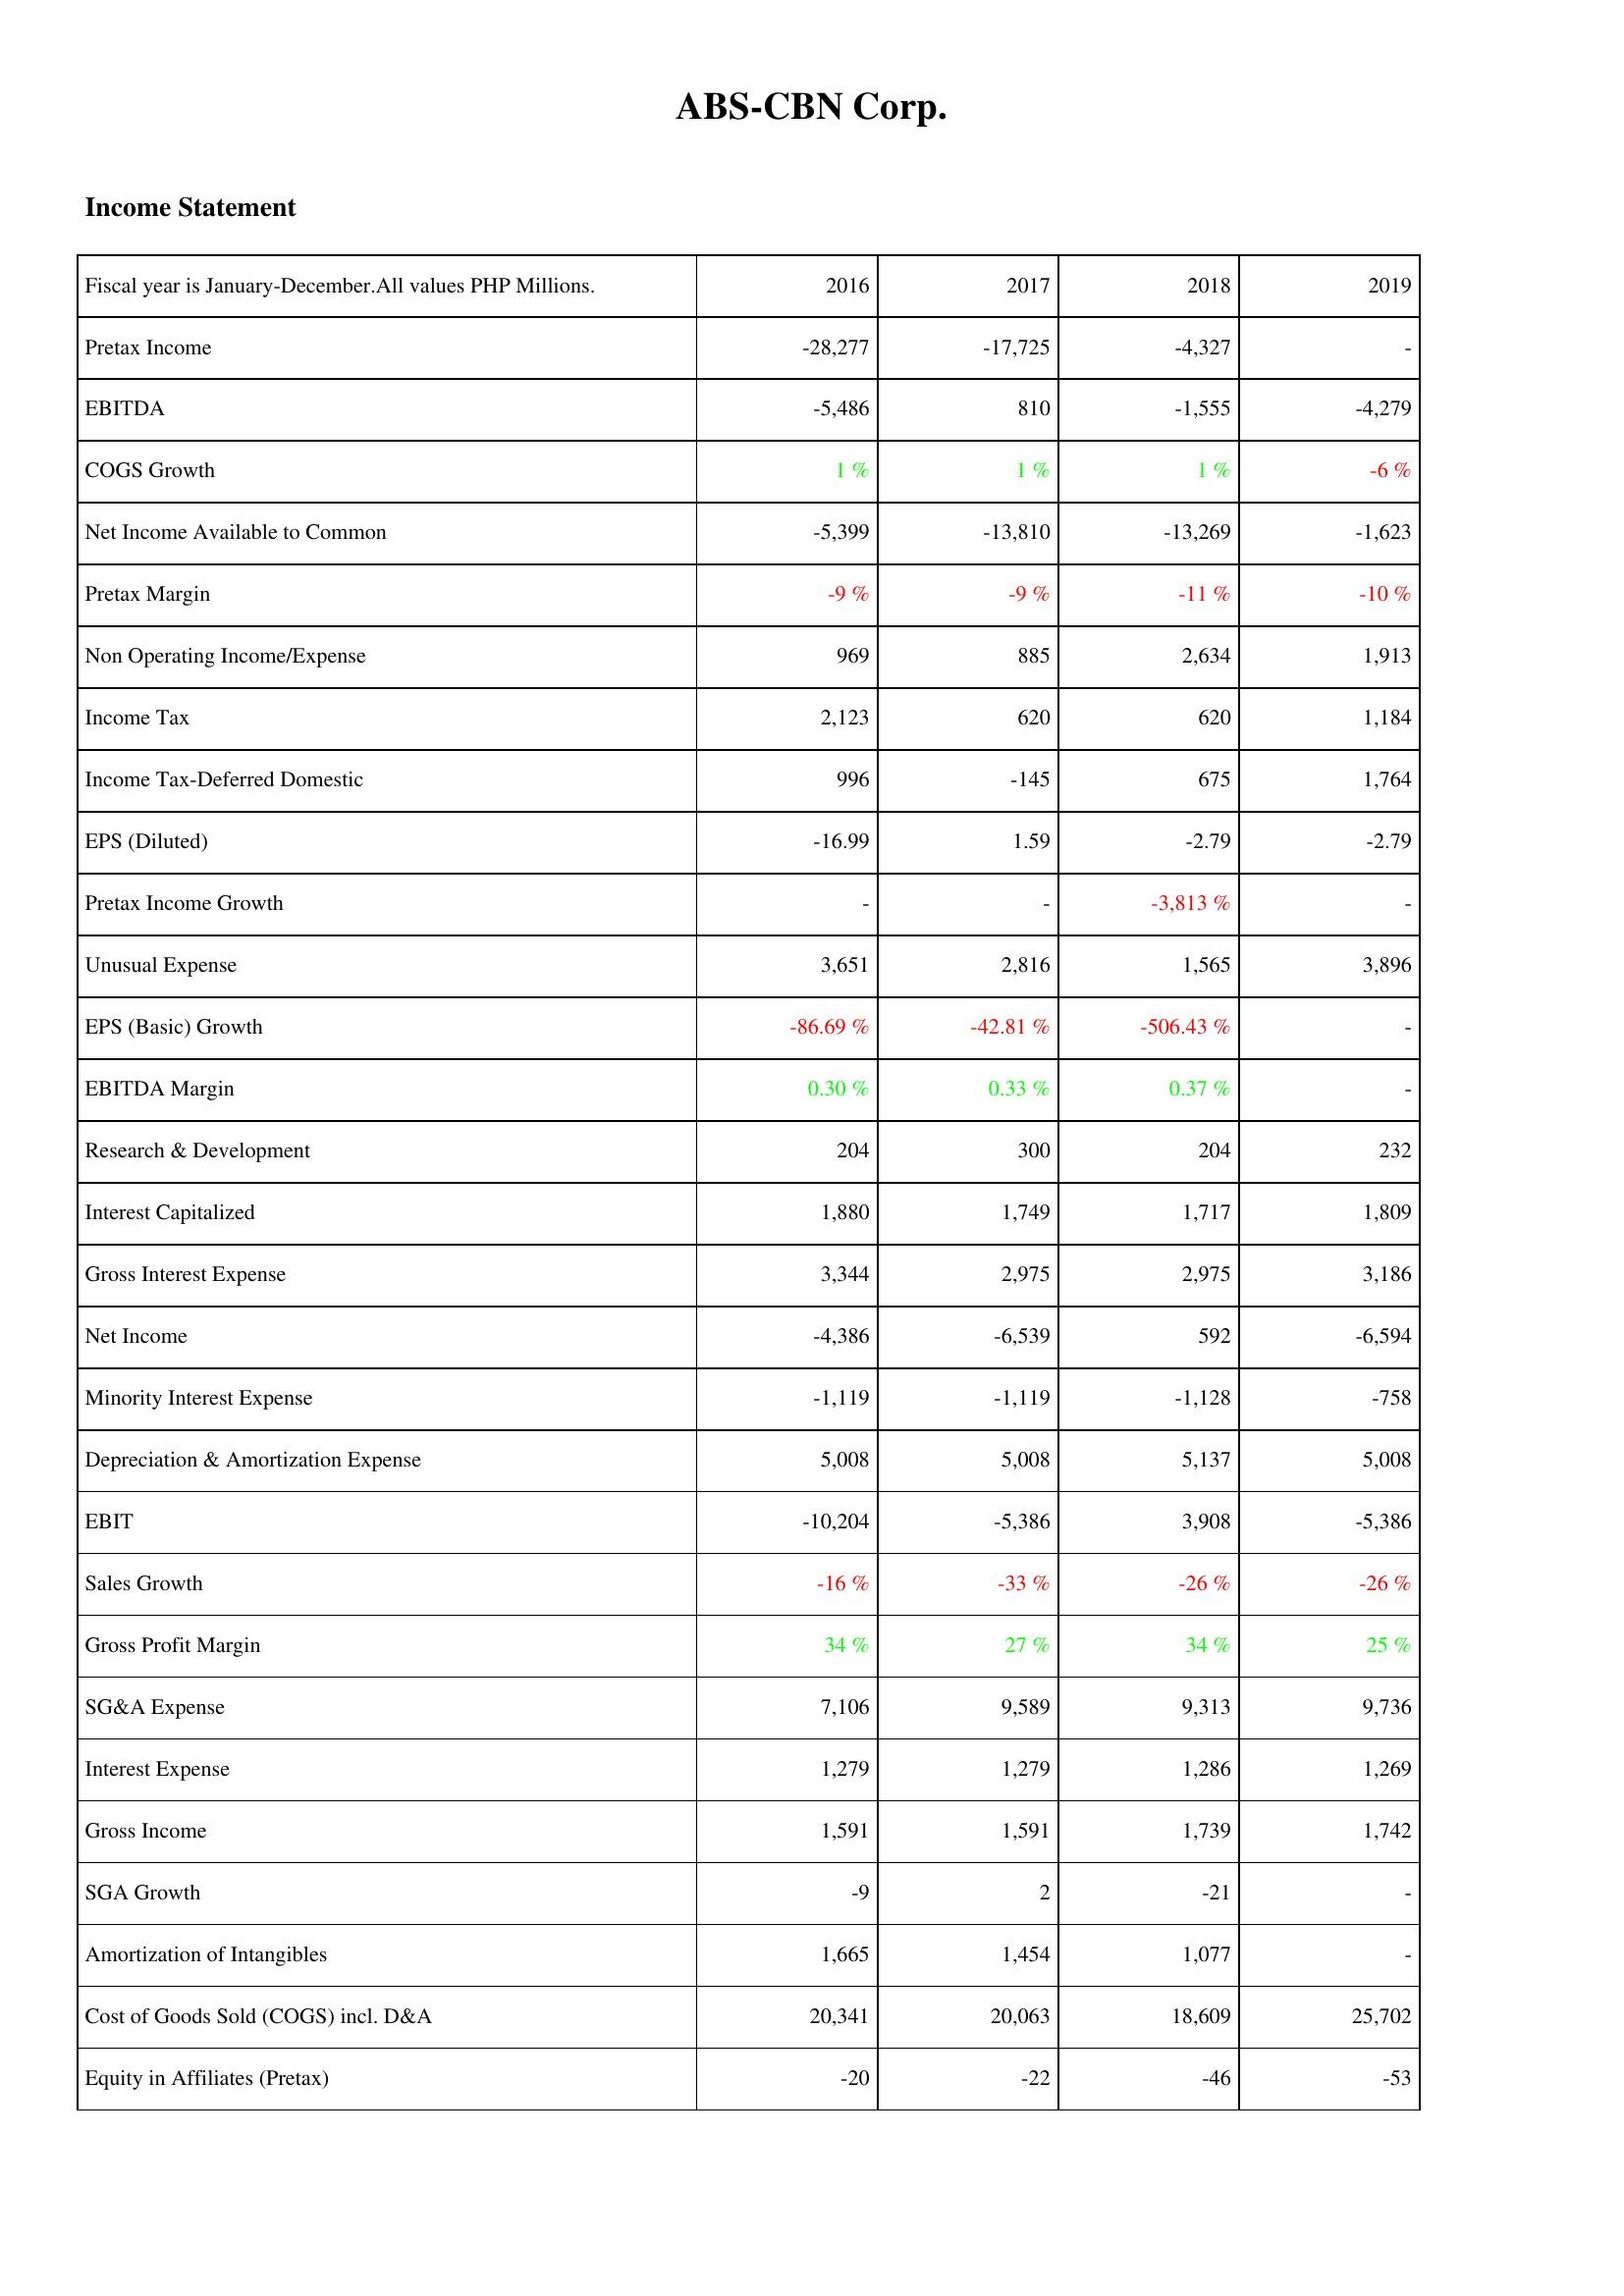
2016: Income Statement: Pretax Income: -28,277
EBITDA: -5,486
COGS Growth: 1 %
Net Income Available to Common: -5,399
Pretax Margin: -9 %
Non Operating Income/Expense: 969
Income Tax: 2,123
Income Tax-Deferred Domestic: 996
EPS (Diluted): -16.99
Pretax Income Growth: -
Unusual Expense: 3,651
EPS (Basic) Growth: -86.69 %
EBITDA Margin: 0.30 %
Research & Development: 204
Interest Capitalized: 1,880
Gross Interest Expense: 3,344
Net Income: -4,386
Minority Interest Expense: -1,119
Depreciation & Amortization Expense: 5,008
EBIT: -10,204
Sales Growth: -16 %
Gross Profit Margin: 34 %
SG&A Expense: 7,106
Interest Expense: 1,279
Gross Income: 1,591
SGA Growth: -9
Amortization of Intangibles: 1,665
Cost of Goods Sold (COGS) incl. D&A: 20,341
Equity in Affiliates (Pretax): -20
2017: Income Statement: Pretax Income: -17,725
EBITDA: 810
COGS Growth: 1 %
Net Income Available to Common: -13,810
Pretax Margin: -9 %
Non Operating Income/Expense: 885
Income Tax: 620
Income Tax-Deferred Domestic: -145
EPS (Diluted): 1.59
Pretax Income Growth: -
Unusual Expense: 2,816
EPS (Basic) Growth: -42.81 %
EBITDA Margin: 0.33 %
Research & Development: 300
Interest Capitalized: 1,749
Gross Interest Expense: 2,975
Net Income: -6,539
Minority Interest Expense: -1,119
Depreciation & Amortization Expense: 5,008
EBIT: -5,386
Sales Growth: -33 %
Gross Profit Margin: 27 %
SG&A Expense: 9,589
Interest Expense: 1,279
Gross Income: 1,591
SGA Growth: 2
Amortization of Intangibles: 1,454
Cost of Goods Sold (COGS) incl. D&A: 20,063
Equity in Affiliates (Pretax): -22
2018: Income Statement: Pretax Income: -4,327
EBITDA: -1,555
COGS Growth: 1 %
Net Income Available to Common: -13,269
Pretax Margin: -11 %
Non Operating Income/Expense: 2,634
Income Tax: 620
Income Tax-Deferred Domestic: 675
EPS (Diluted): -2.79
Pretax Income Growth: -3,813 %
Unusual Expense: 1,565
EPS (Basic) Growth: -506.43 %
EBITDA Margin: 0.37 %
Research & Development: 204
Interest Capitalized: 1,717
Gross Interest Expense: 2,975
Net Income: 592
Minority Interest Expense: -1,128
Depreciation & Amortization Expense: 5,137
EBIT: 3,908
Sales Growth: -26 %
Gross Profit Margin: 34 %
SG&A Expense: 9,313
Interest Expense: 1,286
Gross Income: 1,739
SGA Growth: -21
Amortization of Intangibles: 1,077
Cost of Goods Sold (COGS) incl. D&A: 18,609
Equity in Affiliates (Pretax): -46
2019: Income Statement: Pretax Income: -
EBITDA: -4,279
COGS Growth: -6 %
Net Income Available to Common: -1,623
Pretax Margin: -10 %
Non Operating Income/Expense: 1,913
Income Tax: 1,184
Income Tax-Deferred Domestic: 1,764
EPS (Diluted): -2.79
Pretax Income Growth: -
Unusual Expense: 3,896
EPS (Basic) Growth: -
EBITDA Margin: -
Research & Development: 232
Interest Capitalized: 1,809
Gross Interest Expense: 3,186
Net Income: -6,594
Minority Interest Expense: -758
Depreciation & Amortization Expense: 5,008
EBIT: -5,386
Sales Growth: -26 %
Gross Profit Margin: 25 %
SG&A Expense: 9,736
Interest Expense: 1,269
Gross Income: 1,742
SGA Growth: -
Amortization of Intangibles: -
Cost of Goods Sold (COGS) incl. D&A: 25,702
Equity in Affiliates (Pretax): -53